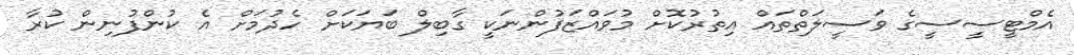
އެމްޓީސީސީގެ ވަސީލަތްތައް އިތުރުކޮށް މުވައްޒަފުންނަކީ ގާބިލް ބަޔަކަށް ހެދުމަށް އެ ކުންފުނިން ކުރާ